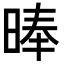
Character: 𣈖